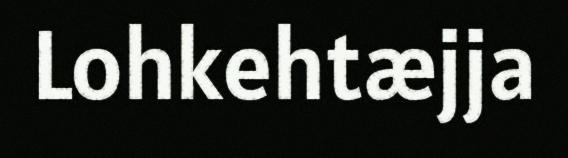
Lohkehtæjja